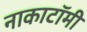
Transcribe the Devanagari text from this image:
नाकाटॉमी